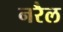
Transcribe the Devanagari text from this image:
नरैल